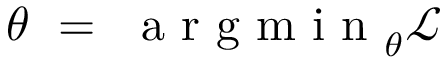
\theta ~ = ~ \mathrm { ~ a ~ r ~ g ~ m ~ i ~ n ~ } _ { \theta } \mathcal { L }